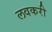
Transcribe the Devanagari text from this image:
लवकरी